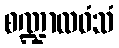
စဏ္ဍာလဝံသံ